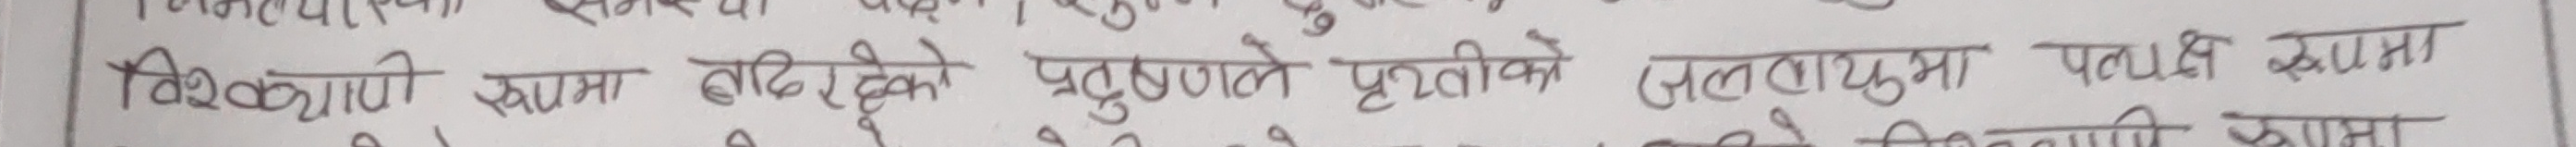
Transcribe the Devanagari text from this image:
विश्लेषणो रूपमा बाहिरिएको प्रदुषणले पृथ्वीको जलवायूमा पथि व्यापा